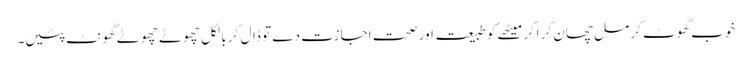
خوب گھوٹ کر مل چھان کر اگر میٹھے کو طبیعت اور صحت اجازت دے تو ڈال کر بالکل چھوٹے چھوٹے گھونٹ پئیں۔